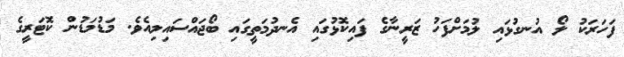
ފަހަރަކު ލޯ އުނގުޅައި ލުމަށްފަހު ޒަރީނާގެ ފައިކޮޅުގައި އެނދުމަތީގައި ބޯޖައްސައިލިއެވެ. މަޑުމަޑުން ކޮޓަރީގެ